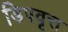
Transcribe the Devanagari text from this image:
डिपवृत्त